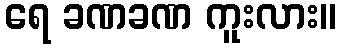
ရေ ခဏခဏ ကူးလား။